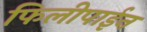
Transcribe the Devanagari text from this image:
फिलीपाईन